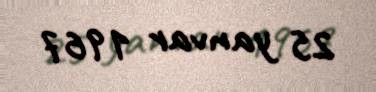
25 yanvar 1967